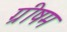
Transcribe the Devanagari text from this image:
ग्रीषम